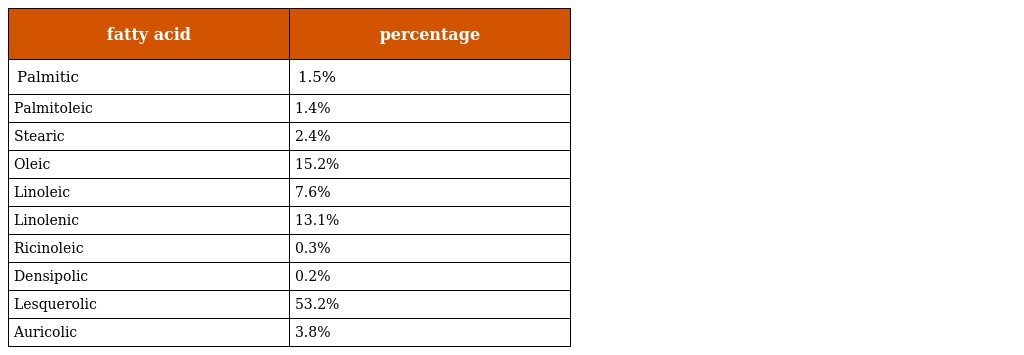
| fatty acid | percentage |
 | --- | --- |
 | Palmitic | 1.5% |
 | Palmitoleic | 1.4% |
 | Stearic | 2.4% |
 | Oleic | 15.2% |
 | Linoleic | 7.6% |
 | Linolenic | 13.1% |
 | Ricinoleic | 0.3% |
 | Densipolic | 0.2% |
 | Lesquerolic | 53.2% |
 | Auricolic | 3.8% |